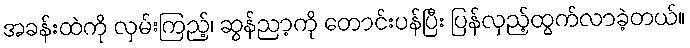
အခန်းထဲကို လှမ်းကြည့်၊ ဆွန်ညာ့ကို တောင်းပန်ပြီး ပြန်လှည့်ထွက်လာခဲ့တယ်။